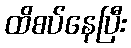
ထိစပ်နေပြီး